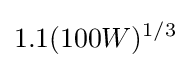
1.1(100W)^{1/3}